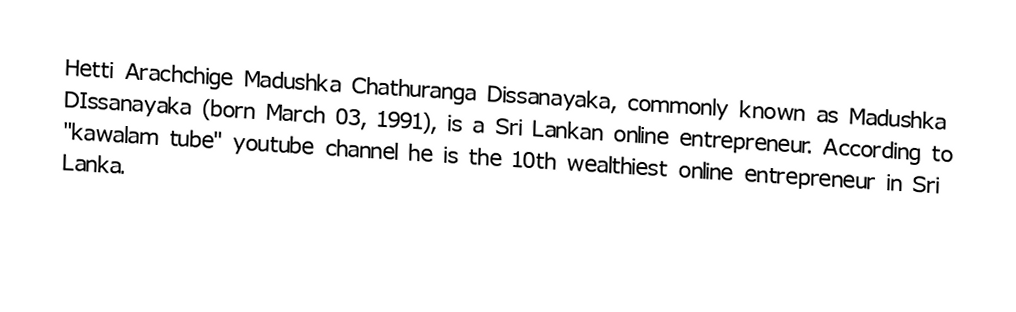
Hetti Arachchige Madushka Chathuranga Dissanayaka, commonly known as Madushka DIssanayaka (born March 03, 1991), is a Sri Lankan online entrepreneur. According to "kawalam tube" youtube channel he is the 10th wealthiest online entrepreneur in Sri Lanka.